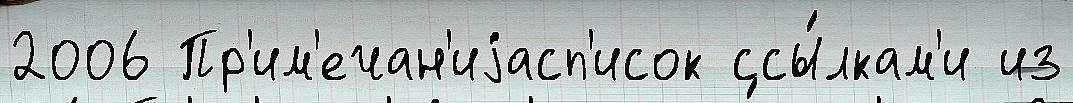
2006 Пр'им'ечан'иjасп'исок ссы́лкам'и из